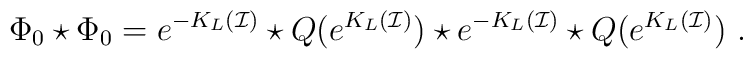
\Phi_0\star \Phi_0=e^{-K_L(\mathcal{I})}    \star Q(e^{K_L(\mathcal{I})})    \star e^{-K_L(\mathcal{I})}    \star Q(e^{K_L(\mathcal{I})}) \ .